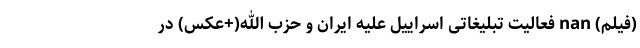
(فیلم) nan فعالیت تبلیغاتی اسراییل علیه ایران و حزب الله(+عکس) در